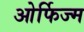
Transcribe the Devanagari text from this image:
ओर्फिज्म